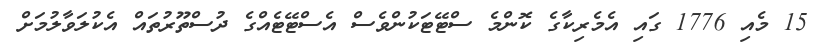
15 މެއި 1776 ގައި އެމެރިކާގެ ކޮންމެ ސްޓޭޓަކުންވެސް އެސްޓޭޓެއްގެ ދުސްތޫރުތައް އެކުލަވާލުމަށް